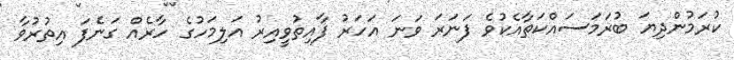
ކުރަމުންދިޔަ ބުރަމަސައްކަތާއެކުވެ ފަނަރަ ވަނަ އަހަރު ފާއިތުވީއިރު އަލިމަހުގެ ހާރެއް ގަނެފަ އިތުރުވާ